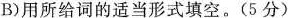
B)用所给词的适当形式填空。(5分)